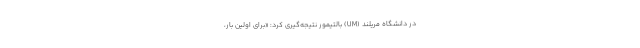
در دانشگاه مریلند (UM) بالتیمور نتیجه‌گیری کرد: «برای اولین بار،